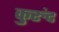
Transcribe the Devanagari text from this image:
कुरुंद